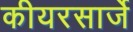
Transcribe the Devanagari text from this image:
कीयरसार्जे